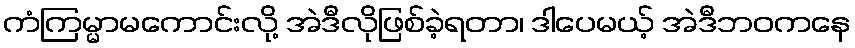
ကံကြမ္မာမကောင်းလို့ အဲဒီလိုဖြစ်ခဲ့ရတာ၊ ဒါပေမယ့် အဲဒီဘဝကနေ